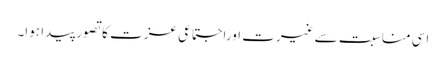
اسی مناسبت سے غیرت اوراجتماعی عزت کا تصور پیدا ہوا۔